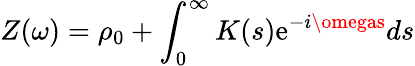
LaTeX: Z(\omega)=\rho_{0}+\int_{0}^{\infty}K(s)\mathrm{e}^{-i\omegas}ds